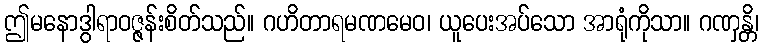
ဤမနောဒွါရာဝဇ္ဇန်းစိတ်သည်။ ဂဟိတာရမဏမေဝ၊ ယူပေးအပ်သော အာရုံကိုသာ။ ဂဏှန္တိ၊